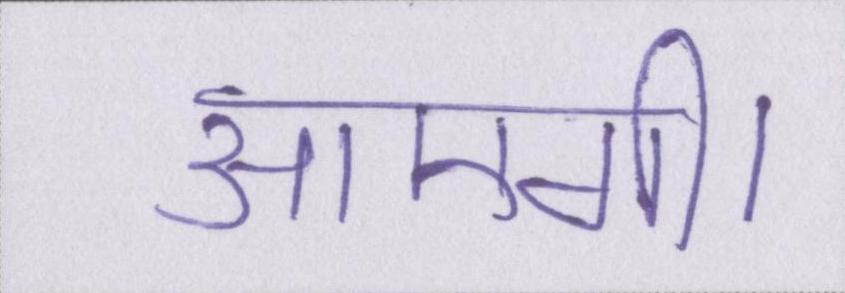
आएगी।